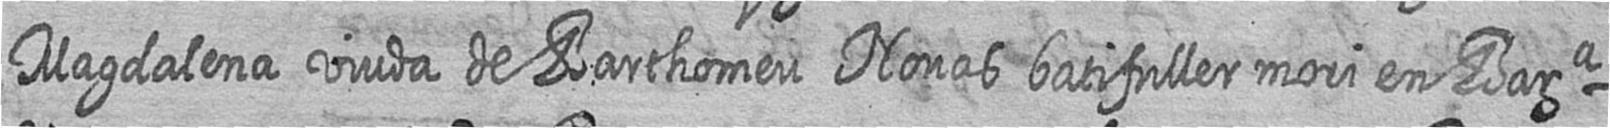
Magdalena viuda de Barthomeu Nonas batifuller mori en Bara